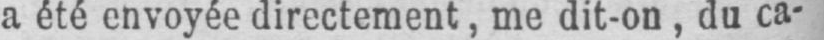
a été envoyée directement, me dit-on, du ca-